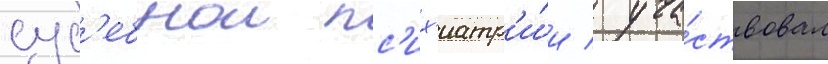
суд'ебнои пс'их'иатр'и́и / уча́ствовал